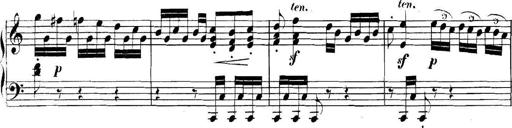
Title: Collected Piano Sonatas
Composer: Muzio Clementi